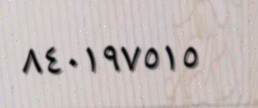
٨٤٠١٩٧٥١٥